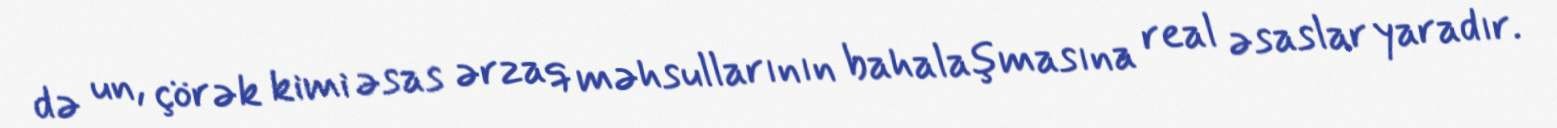
də un, çörək kimi əsas ərzaq məhsullarının bahalaşmasına real əsaslar yaradır.